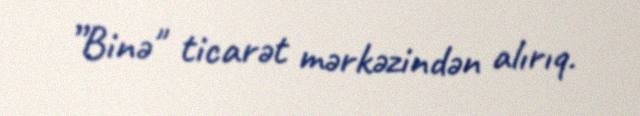
”Binə" ticarət mərkəzindən alırıq.